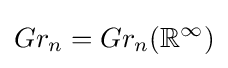
Gr_{n}=Gr_{n}(\mathbb {R} ^{\infty })